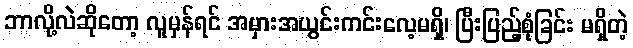
ဘာလို့လဲဆိုတော့ လူမှန်ရင် အမှားအယွင်းကင်းလေ့မရှိ၊ ပြီးပြည့်စုံခြင်း မရှိတဲ့